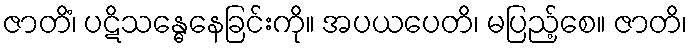
ဇာတိံ၊ ပဋိသန္ဓေနေခြင်းကို။ အပယပေတိ၊ မပြည့်စေ။ ဇာတိ၊